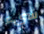
شيء